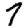
Digit: 7